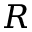
R